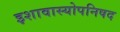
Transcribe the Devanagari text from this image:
इशावास्योपनिषद